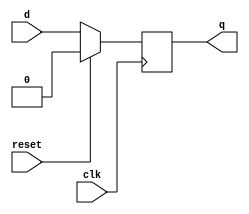
module dff(d, q, clk, reset);
input d, clk, reset;
output reg q;
always @(posedge clk) begin
    if (reset)
        q<=0;
    else
        q<=d;
end
endmodule

module p2(reset, clk, q);
input reset, clk;
output [4:0] q;
dff s0(~q[0], q[4], clk, reset);
dff s1(q[4], q[3], clk, reset);
dff s2(q[3], q[2], clk, reset);
dff s3(q[2], q[1], clk, reset);
dff s4(q[1], q[0], clk, reset);
endmodule